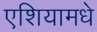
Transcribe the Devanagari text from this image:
एशियामधे